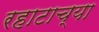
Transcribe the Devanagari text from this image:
रहाटाच्या